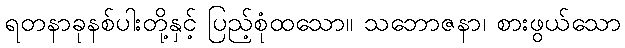
ရတနာခုနစ်ပါးတို့နှင့် ပြည့်စုံထသော။ သဘောဇနာ၊ စားဖွယ်သော